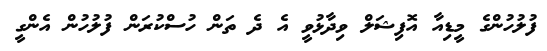
ފުލުހުންގެ މީޑިއާ އޮފިޝަލް ވިދާޅުވީ އެ ދެ ތަން ހުސްކުރަން ފުލުހުން އެންގީ